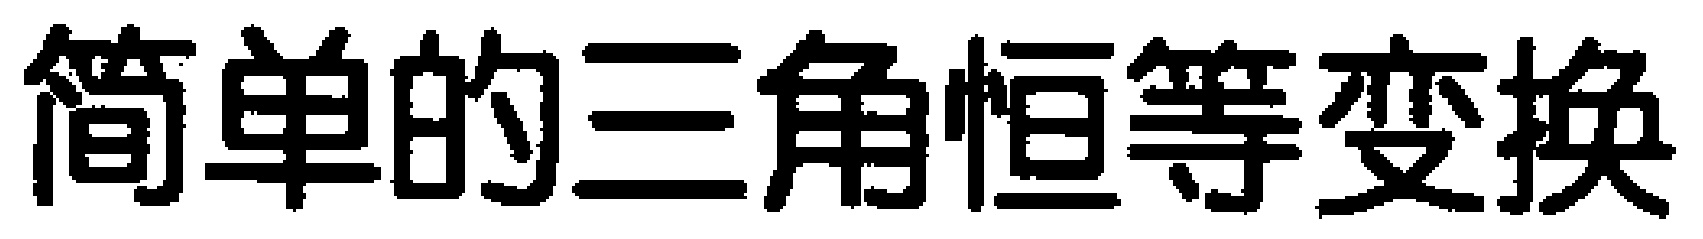
简单的三角恒等变换